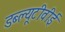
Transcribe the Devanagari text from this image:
डब्ल्यूटीवीई